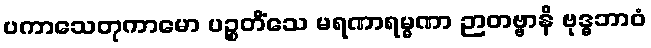
ပကာသေတုကာမော ပဉ္စတိံသေ မရဏာရမ္မဏာ ဉာတဗ္ဗာနိ ဗုဒ္ဓဘာဝံ